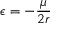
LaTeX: \epsilon = - { \frac { \mu } { 2 r } }